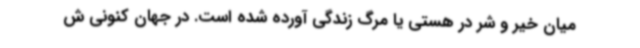
میان خیر و شر در هستی یا مرگ زندگی آورده شده است. در جهان کنونی ش